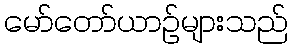
မော်တော်ယာဉ်များသည်